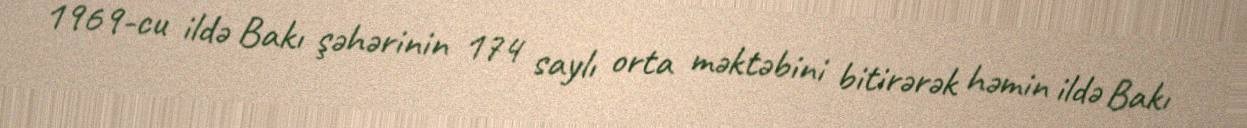
1969-cu ildə Bakı şəhərinin 174 saylı orta məktəbini bitirərək həmin ildə Bakı